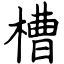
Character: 槽